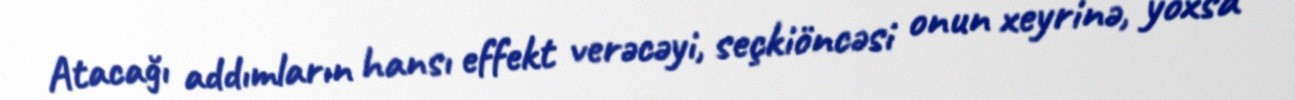
Atacağı addımların hansı effekt verəcəyi, seçkiöncəsi onun xeyrinə, yoxsa